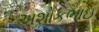
અશોકભાઇ